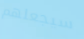
سيجعلهم